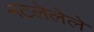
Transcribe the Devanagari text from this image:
नटलेलेले